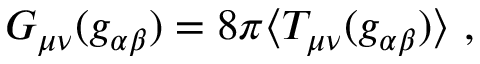
G _ { \mu \nu } ( g _ { \alpha \beta } ) = 8 \pi \langle T _ { \mu \nu } ( g _ { \alpha \beta } ) \rangle \ ,